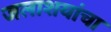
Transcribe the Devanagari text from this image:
जलाशयांचा